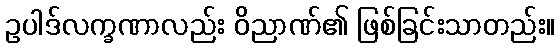
ဥပါဒ်လက္ခဏာလည်း ဝိညာဏ်၏ ဖြစ်ခြင်းသာတည်း။